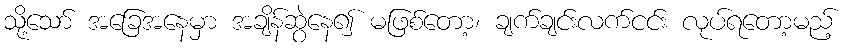
သို့သော် အခြေအနေမှာ အချိန်ဆွဲနေ၍ မဖြစ်တော့၊ ချက်ချင်းလက်ငင်း လုပ်ရတော့မည့်